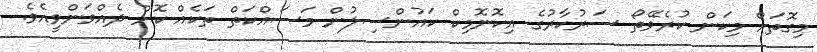
މިގޮތަށް މިކަން ކުރެވޭތޯ ސަރުކާރުގެ އިކޮނޮމިކް ކައުންސިލުން މަސައްކަތް ތަކެއް ކޮށް ދެއްވަންވީއެވެ.